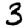
Digit: 3